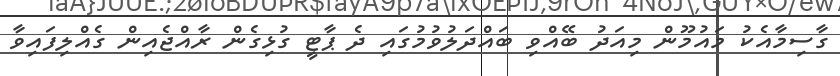
ގާސިމާއެކު މައުމޫން މިއަދު ބޭއްވި ބައްދަލުވުމުގައި ދެ ޕާޓީ ގުޅިގެން ރާއްޖެއިން ގެއްލިފައިވާ